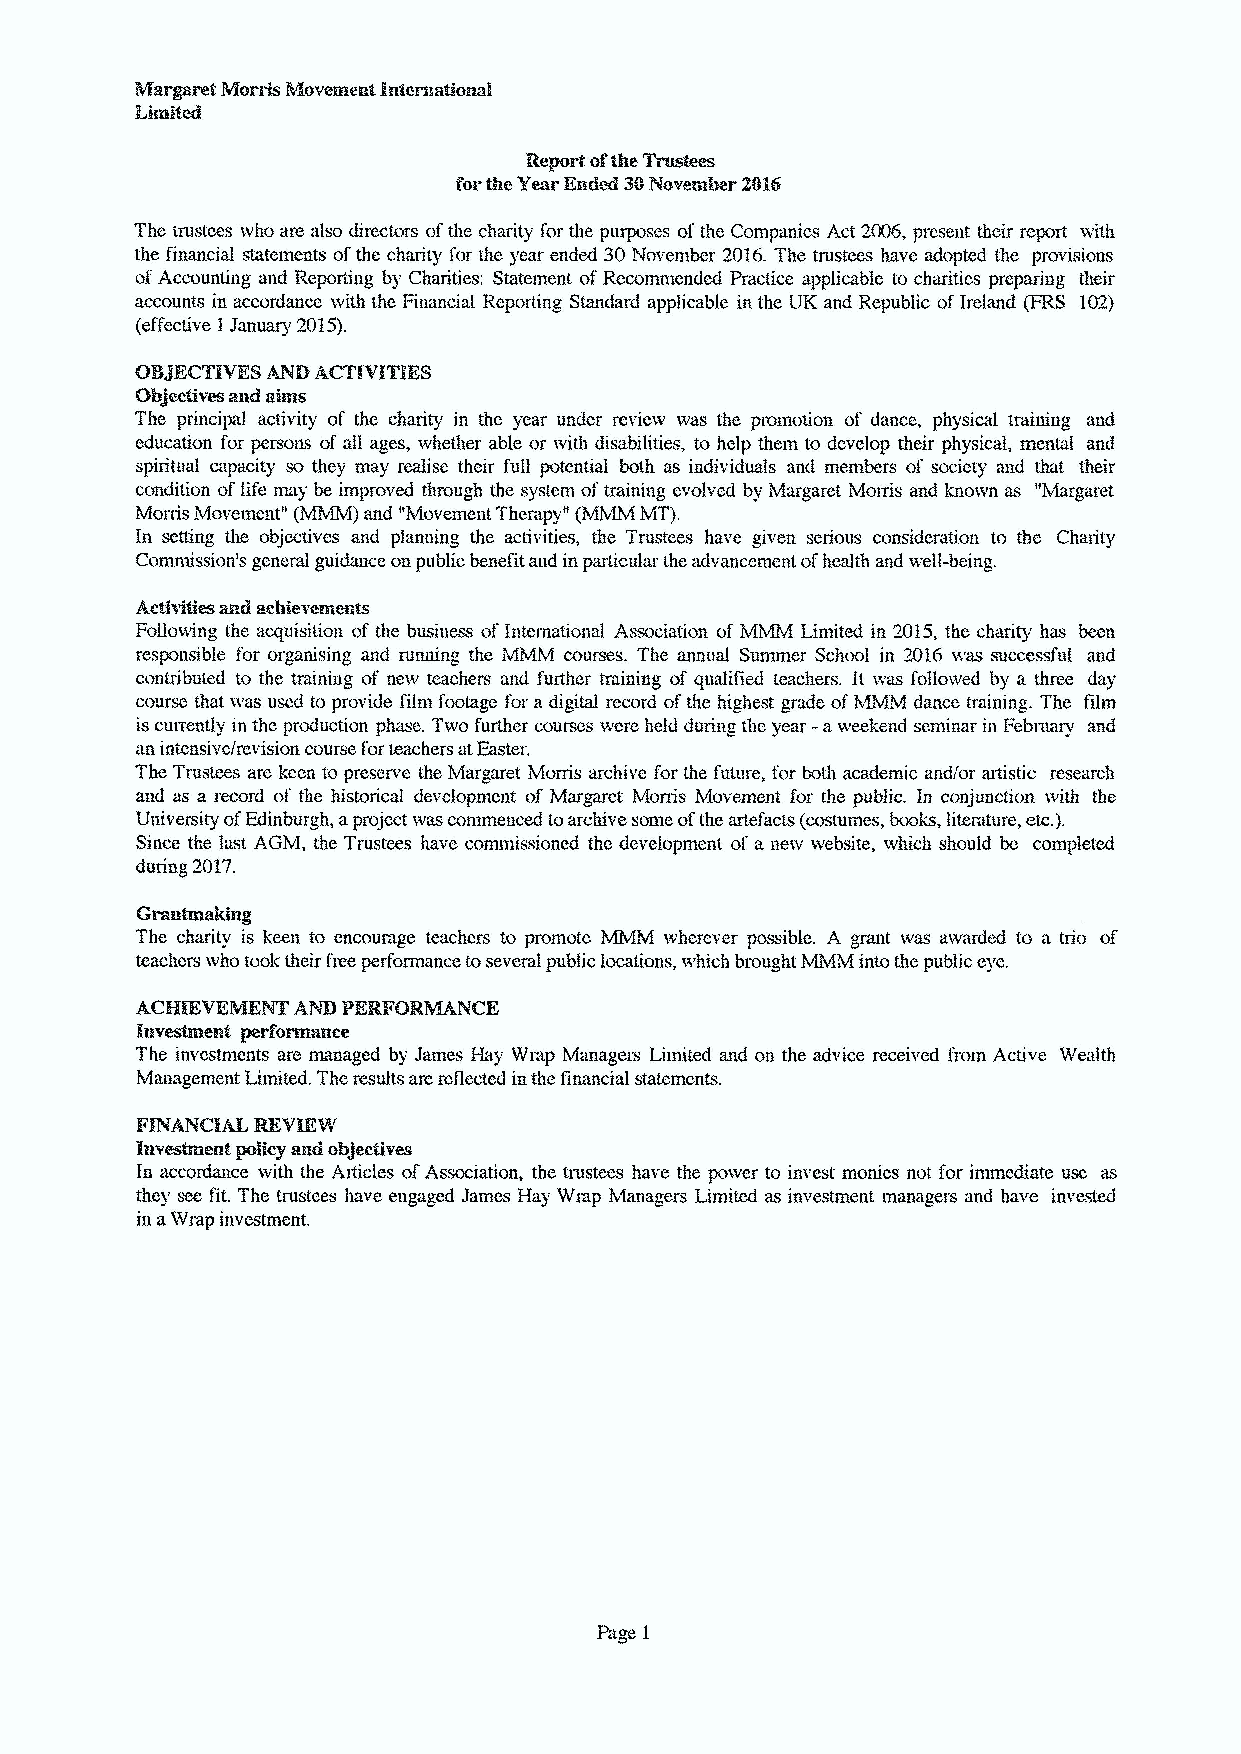
The trustees who arc also directors ofthe charity for the purposes ofthe Companies Act.2006, present their report with
 the financial statements ofthe charity for thc year ended 30November 2016.The. trustees have adopted the provisions
 ofAccounting and Reporting by Charities: Statement ofRecommended Practice app'licaMe to charities preparing their
 accounts in accordance with the Financial Reporting Standard applicablc in the UK and Republic ofIreland (FRS 102}
 (eflective 1January 2015}.
 083ECTIVESAND A~VITIES
 Objectives and aims
 The principal activity of the charity in the year under review was the promotion of dance, physical training and
 education for persons of all ages, whether able or with disabilities, to help them to develop their physical, mental and
 spiritual capacity so they may realise their full potential both as individuals and members of society and that their
 condition oflife ma( y b~ e im} proved through thc system oftraining evolved by Margaret Morris and known as 'Margaret
 Morris Movemcnt" and "Movement Therapy" (MMM MT).
 In setting the objectives and planning the activities, thc Trustees have given serious consideration to the Charity
 Commission's general guidance on public benefit and in particular the advancement ofhealth and well-being.
 Activitiics and acbicvcnlcnts
 Following thc acquisition of the business ofInternational Association of MMM Limited in 2015,the charity has been
 responsible for organising and running the MMM courses. The annual Summer School in 2016 was successful and
 contributed to the training of new teachers and further training of qualified teachers. It was followed by a. three day
 course that was used to provide film footage for a digital record ofthe highest grade ofMMM dance training. The film
 is currently in thc production phase. Two further courses werc held during the year -aweekend seminar in February and
 an intensive/revision course forteachers atEaster.
 The Trustees are keen to preserve thc Margaret Morris archive for the, future, for both academic and/or attistic research
 and as a record of the historical development of Margaret Morris Movement for thc public. Iu conjunction with thc
 University ofEdinburgh, aproject was commenced toarchive some ofthe artcfacts (costumes, books, literature, etc.).
 Since the last AGM, the Trustees have commissioned the development of a new websitc, which should be completed
 during 2017.
 Grantmaking
 The charity is keen. to encourage teachers to promote MMM wherever possible. A grant was awarded to a trio of
 teachers who took their free performance toseveral public locations, which brought MMM into the public eye.
 ~9
 ACTIVE~~
 PERFORMANCE
 Invc~cnt pcrfct~ancc
 The investments arc managed by James Hay Wrap Managers Limited and on the advice received from Active Wealth
 Management Limited. Thc results are reflected in the financial statements.
 PINANCIAI. REVIEW
 Inv~cnt
 ~Iicy and objectives
 In accordance with the Articles ofAssociation, the trustees have thc power to invest monies not for immediate use as
 they scc fit. Thc trustees have cngagcd Janlcs Hav Wrap Managers LIBllted as investment managers and have invested
 in aWrap investment.